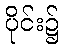
ပိုင်း၌